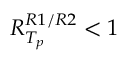
R _ { T _ { p } } ^ { R 1 / R 2 } < 1